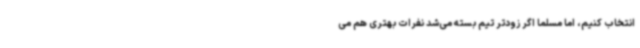
انتخاب کنیم، اما مسلما اگر زودتر تیم بسته می‌شد نفرات بهتری هم می